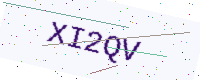
Text: XI2QV